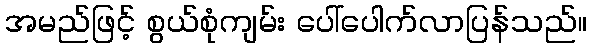
အမည်ဖြင့် စွယ်စုံကျမ်း ပေါ်ပေါက်လာပြန်သည်။